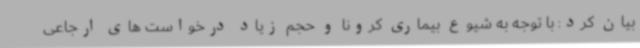
بیان کرد: با توجه به شیوع بیماری کرونا و حجم زیاد درخواست های ارجاعی